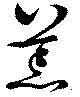
荒